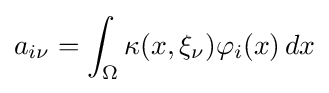
a_{i\nu }=\int _{\Omega }\kappa (x,\xi _{\nu })\varphi _{i}(x)\,dx